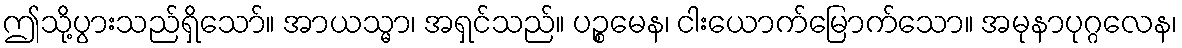
ဤသို့ပွားသည်ရှိသော်။ အာယသ္မာ၊ အရှင်သည်။ ပဉ္စမေန၊ ငါးယောက်မြောက်သော။ အမုနာပုဂ္ဂလေန၊